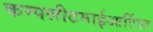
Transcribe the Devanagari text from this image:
कम्पलीटमाईआर्टिस्ट